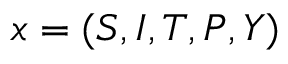
x = ( S , I , T , P , Y )